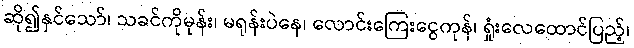
ဆို၍နှင်သော်၊ သခင်ကိုမုန်း၊ မရုန်းပဲနေ၊ လောင်းကြေးငွေကုန်၊ ရှုံးလေထောင်ပြည့်၊